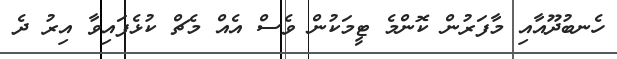
ހެނބުދޫއާއި މާފަރުން ކޮންމެ ޓީމަކުން ވެސް އެއް މެޗް ކުޅެފައިވާ އިރު ދެ